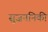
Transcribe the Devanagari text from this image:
सुज़ननिकी